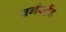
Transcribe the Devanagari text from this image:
वर्गस्ट्रैंड